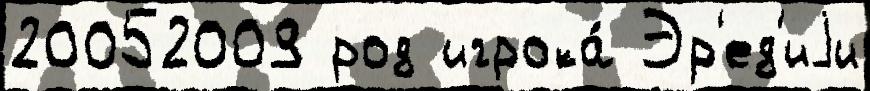
20052009 род игрока́ Эр'ед'иjи